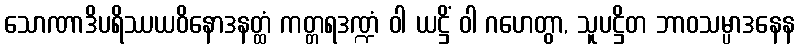
သောဏာဒိပရိဿယဝိနောဒနတ္ထံ ကတ္တရဒဏ္ဍံ ဝါ ယဋ္ဌိံ ဝါ ဂဟေတွာ, သူပဋ္ဌိတ ဘာဝသမ္ပာဒနေန